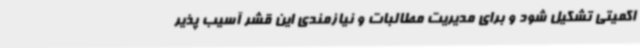
اکمیتی تشکیل شود و برای مدیریت مطالبات و نیازمندی این قشر آسیب پذیر